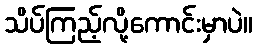
သိပ်ကြည့်လို့ကောင်းမှာပဲ။